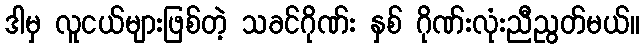
ဒါမှ လူငယ်များဖြစ်တဲ့ သခင်ဂိုဏ်း နှစ် ဂိုဏ်းလုံးညီညွတ်မယ်။